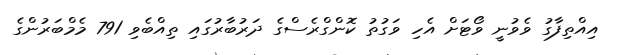
އިއްތިފާގު ވެވުނީ ވޯޓަށް އެހި ވަގުތު ކޮންގްރެސްގެ ދަރުބާރުގައި ތިއްބެވި 791 މެމްބަރުންގެ